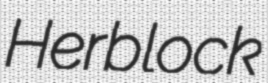
Herblock